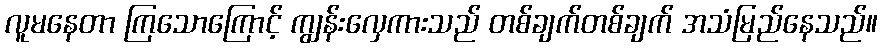
လူမနေတာ ကြသောကြောင့် ကျွန်းလှေကားသည် တစ်ချက်တစ်ချက် အသံမြည်နေသည်။